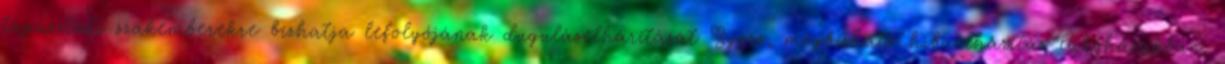
tapasztalt szakemberekre bízhatja lefolyójának duguláselhárítását Gyors, megbízható hibaelhárítás lakóházakban,